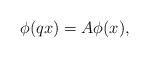
LaTeX: \begin{align*} \phi(qx)=A\phi(x),\end{align*}